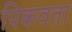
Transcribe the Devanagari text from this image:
पिकवता